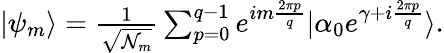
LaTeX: \begin{array}{r}{|\psi_{m}\rangle=\frac{1}{\sqrt{\mathcal{N}_{m}}}\sum_{p=0}^{q-1}e^{im\frac{2\pi p}{q}}|\alpha_{0}e^{\gamma+i\frac{2\pi p}{q}}\rangle.}\end{array}